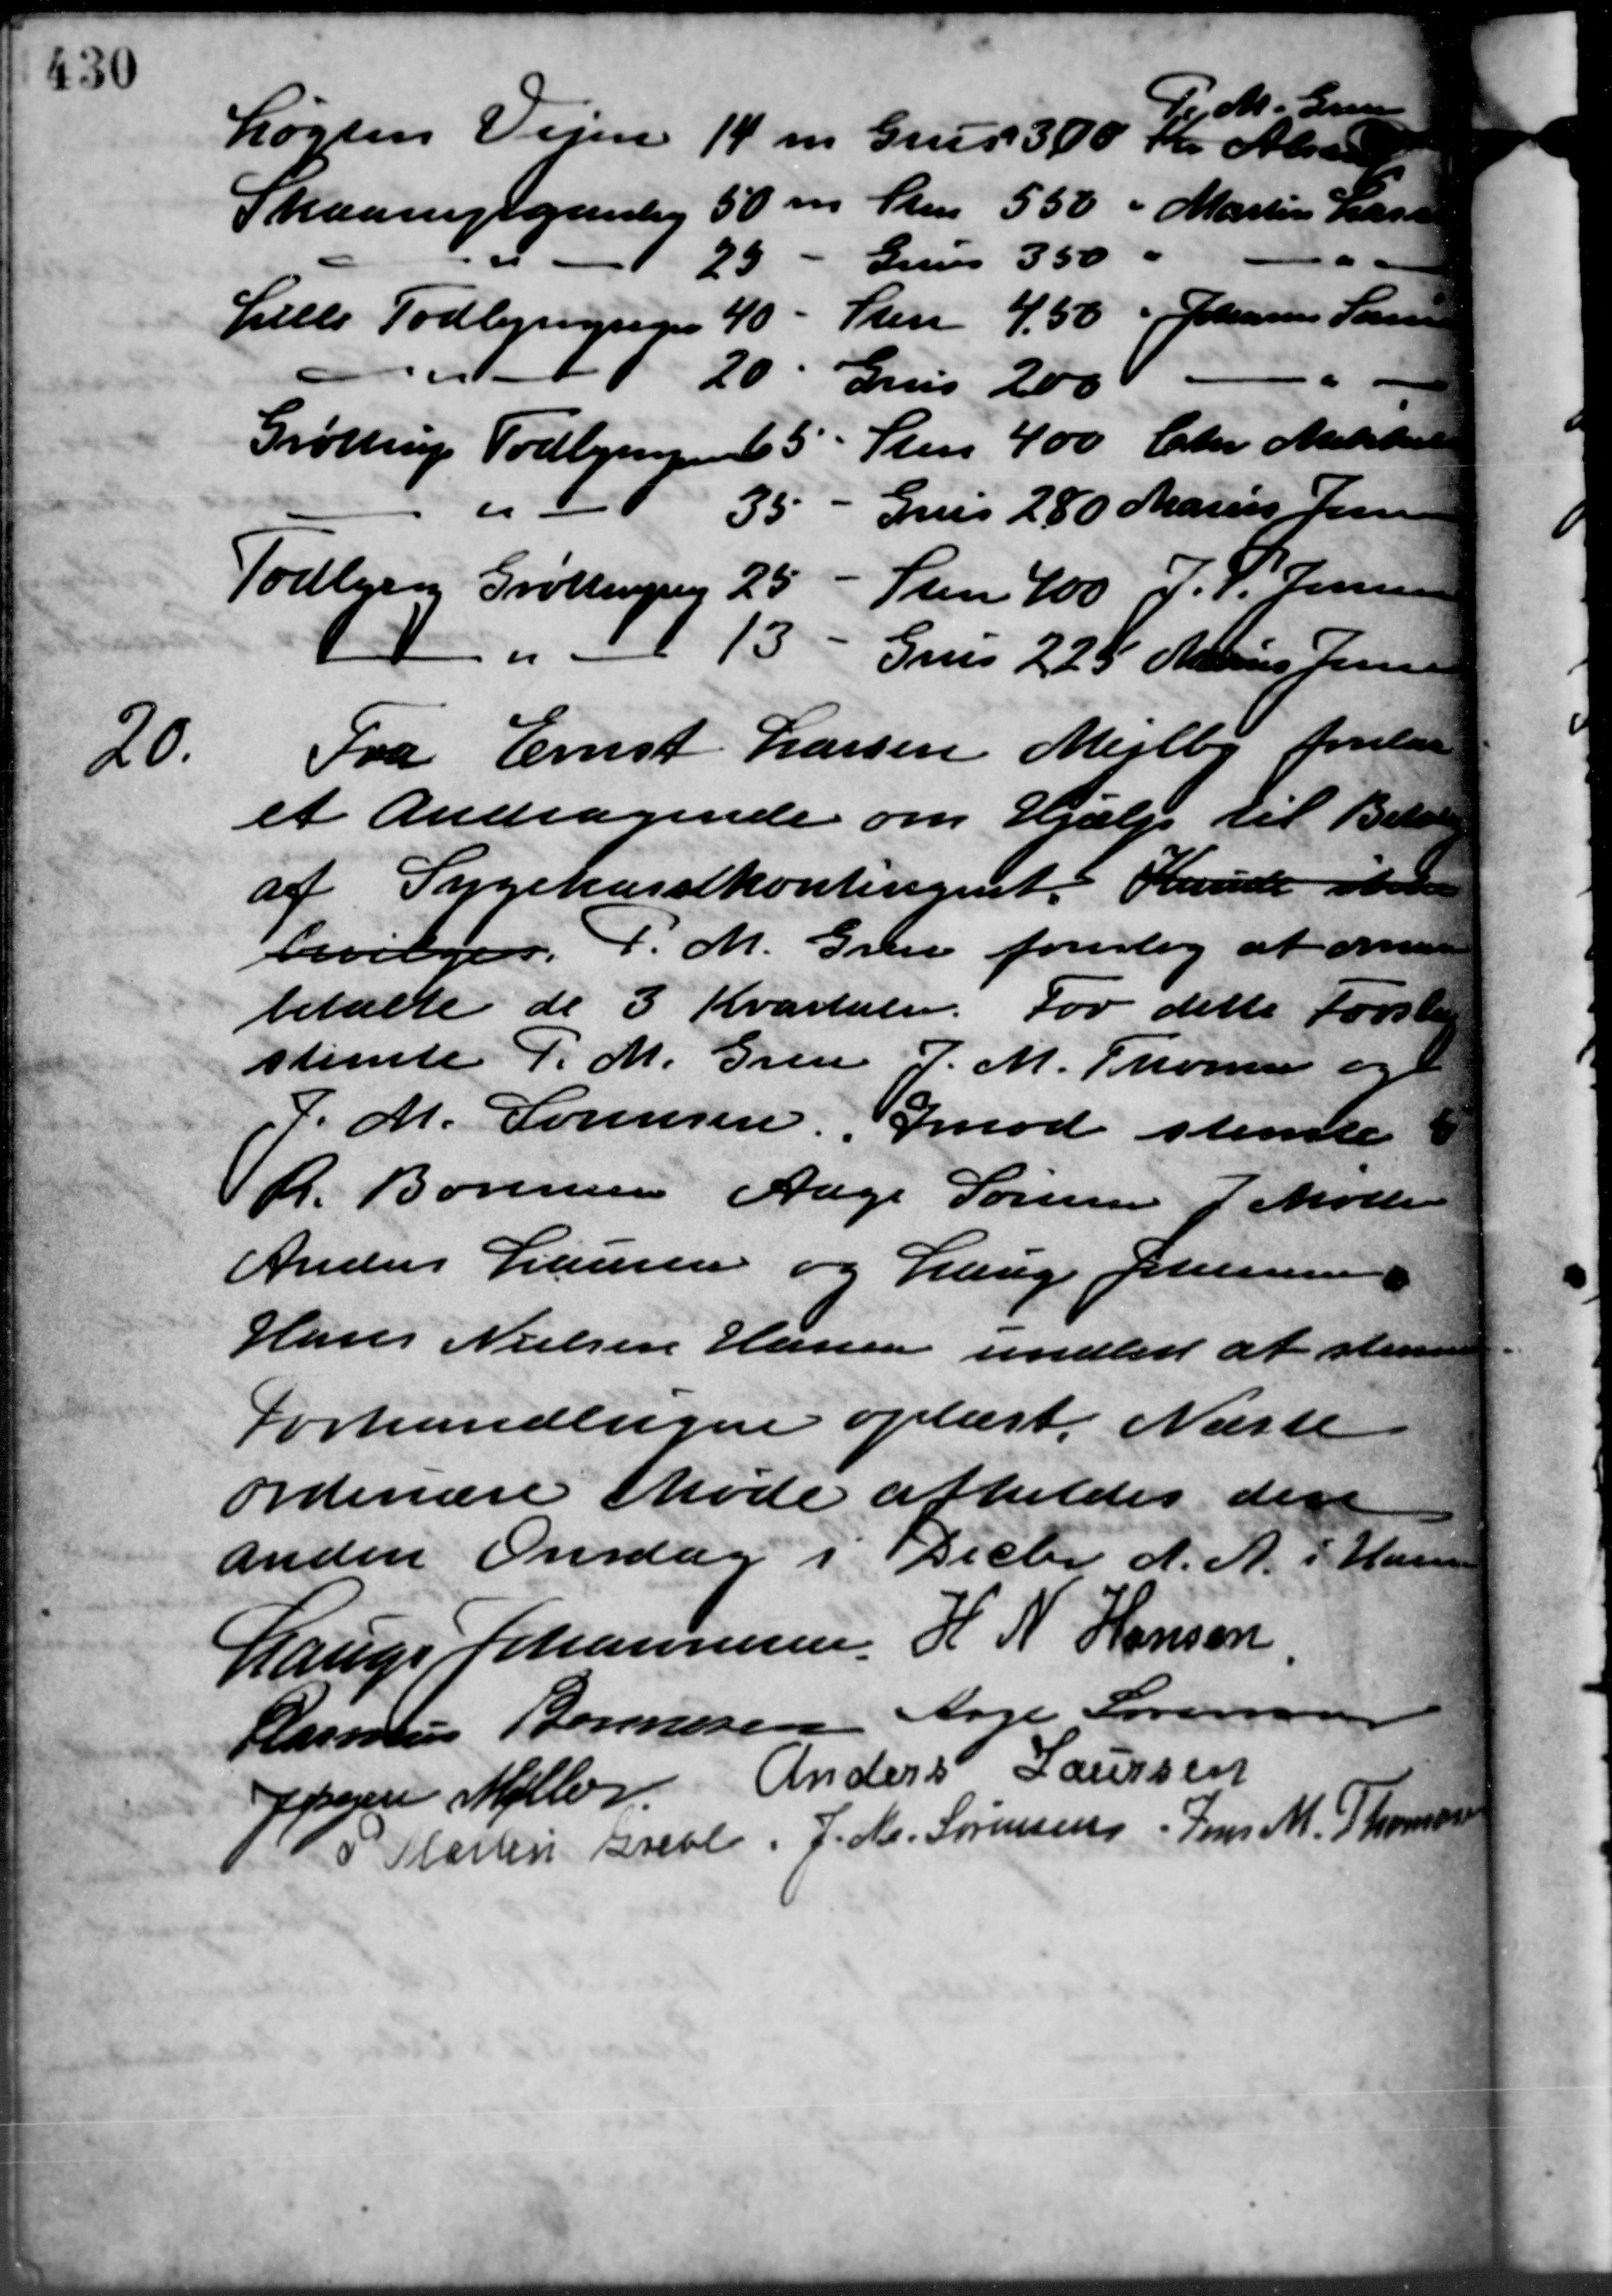
Transskription:
M. Greve
Løgten Vejen 14 m Grus 300 Kr. Alste
Maarupgaarlig 50 m Sten 550  - Martin Lars
"
2                   Grus
Sten 4,50  -  Johanne Sørensen
Lille Todbjergvejen 40 -
20
Grus  200
Sten 400 Chr. Mikker
Grøttrup Todbjergen 5
"
Grus 280 Marius Jensen
35
Todbjerg Grøttrup                       Sten 400   J. P. Jensen
                                                    Grus  2,25 Marius Jensen
20.
Fra Ernst Larsen Mejlby forelaa
et Andragende om Hjælp til Betaling
af Sygekassekontingent. Kunde ska
bevilges. P. M. Greve foreslog at aner
betalte de 3 Kvartaler. For dette Forst
stemte P. M. Gren J. M. Thomsen og
J. M. Sørensen Imod stemte
R. Børnsen Aage Sørensen J Møller
Anders Laursen og Lauge Johannesen
Hans Nielsen Hansen undtes at stemme
Forhandlingen oplæst. Næste
ordinære Møde afholdes der
anden Onsdag i Decbr d. A. i Hans
Lauge Johannesen H. N. Hansen
Rasmus Bonnesen Aage Sørensen
Anders Laursen
Jørgen Møller
Martin Grevl. J. M. Sørensens Jens M. Thomsen